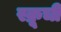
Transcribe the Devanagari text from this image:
स्क्रूची